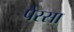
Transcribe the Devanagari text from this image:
पेरसा